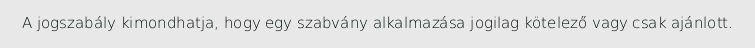
A jogszabály kimondhatja, hogy egy szabvány alkalmazása jogilag kötelező vagy csak ajánlott.